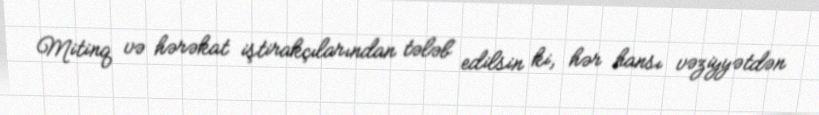
Mitinq və hərəkat iştirakçılarından tələb edilsin ki, hər hansı vəziyyətdən